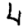
Digit: 4